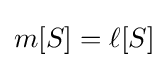
m[S]=\ell [S]